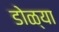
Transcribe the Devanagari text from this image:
डोळ्या